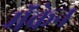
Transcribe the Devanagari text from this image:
मॅकेन